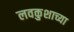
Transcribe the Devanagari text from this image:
लवकुशाच्या